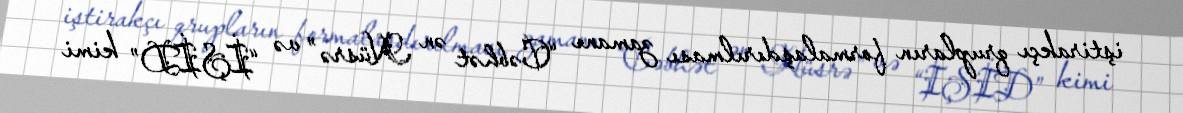
iştirakçı qrupların formalaşdırılması zamanı “Cəbhət ən Nüsrə” və “İŞİD” kimi